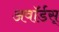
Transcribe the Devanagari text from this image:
अवॉर्डस्